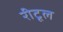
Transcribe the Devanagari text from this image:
रीटूल